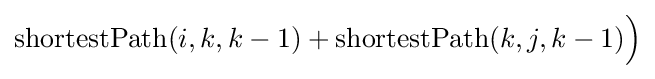
\mathrm {shortestPath} (i,k,k-1)+\mathrm {shortestPath} (k,j,k-1){\Big )}